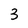
Character: 3